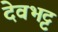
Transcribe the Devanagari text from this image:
देवभट्ट